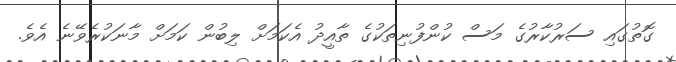
ގޮތުގައި ސަރުކާރުގެ މަސް ކުންފުނިތަކުގެ ތާއީދު އެކަމަށް ލިބުން ކަމަށް މާނަކުރެވޭނެ އެވެ.